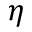
\eta